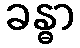
ခန္ဓာ